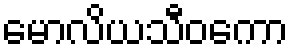
မောလိယသီဝကော